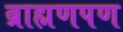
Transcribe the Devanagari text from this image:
ब्राह्मणपण